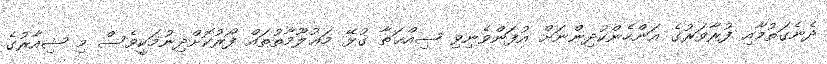
ދެނެގަތުމާއި ފުރާވަރުގެ އަންހެންކުދިންނަށް އުފަންވެނިވި ޞިއްޙަތާ ގުޅޭ މަޢުލޫމާތުތައް ފޯރުކޮށްދިނުމަކީވެސް މި ޝިއާރުގެ